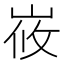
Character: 峳